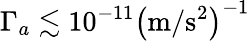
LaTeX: \Gamma_{a}\lesssim 10^{-11}\left(\mathrm{m/s^{2}}\right)^{-1}